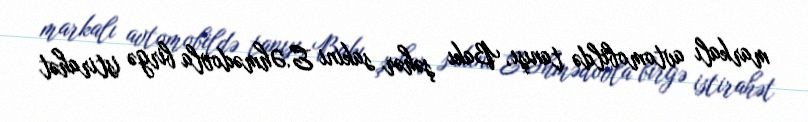
markalı avtomobildə tanışı, Bakı şəhər sakini E.Əhmədovla birgə istirahət